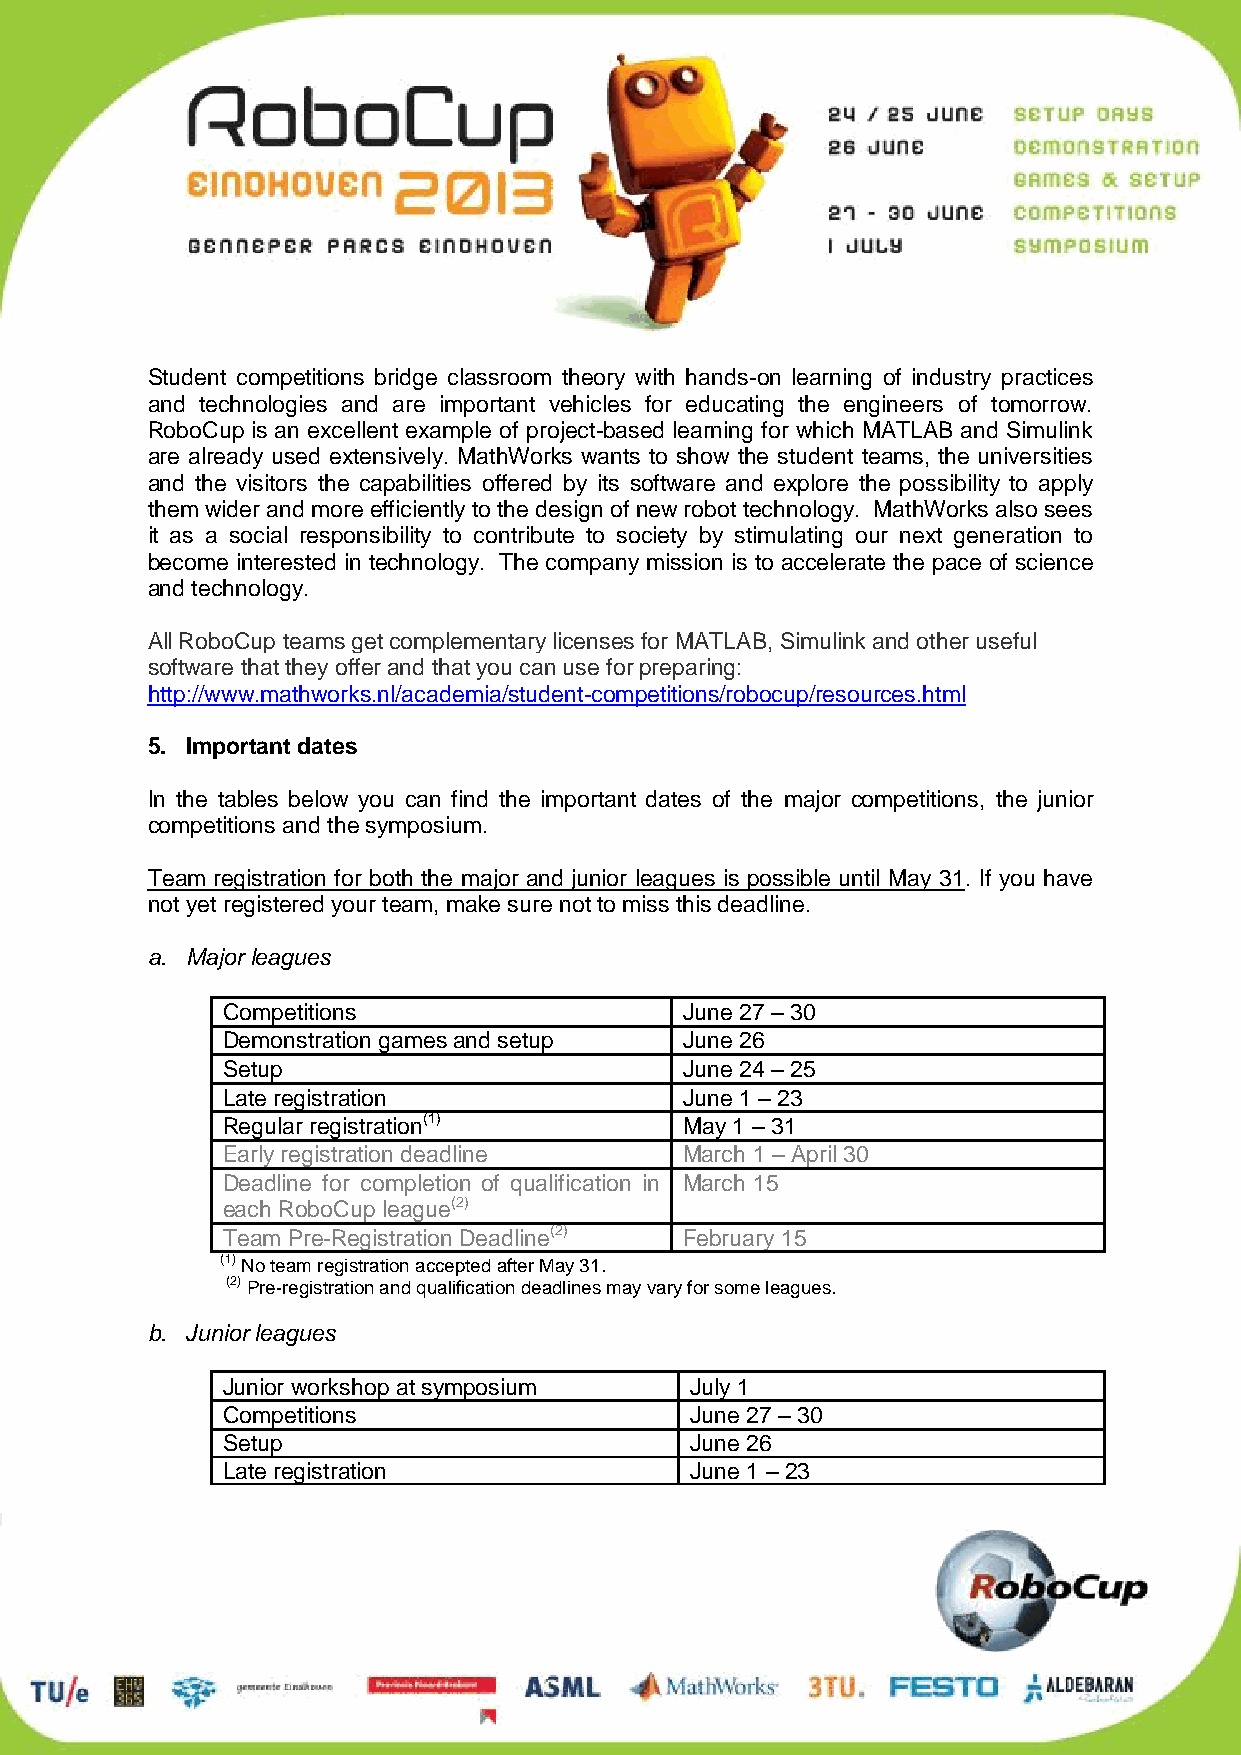
Student competitions bridge classroom theory with hands-on learning of industry practices
 and technologies and are important vehicles for educating the engineers of tomorrow.
 RoboCup is an excellent example of project-based learning for which MATLAB and Simulink
 are already used extensively. MathWorks wants to show the student teams, the universities
 and the visitors the capabilities offered by its software and explore the possibility to apply
 them wider and more efficiently to the design of new robot technology. MathWorks also sees
 it as a social responsibility to contribute to society by stimulating our next generation to
 become interested in technology. The company mission is to accelerate the pace of science
 and technology.
 All RoboCup teams get complementary licenses for MATLAB, Simulink and other useful
 software that they offer and that you can use for preparing:
 http://www.mathworks.nl/academia/student-competitions/robocup/resources.html
 5. Important dates
 In the tables below you can find the important dates of the major competitions, the junior
 competitions and the symposium.
 Team registration for both the major and junior leagues is possible until May 31. If you have
 not yet registered your team, make sure not to miss this deadline.
 a. Major leagues
 Competitions                  June 27 – 30
 Demonstration games and setup June 26
 Setup                         June 24 – 25
 Late registration             June 1 – 23
 Regular registration(1)       May 1 – 31
 Early registration deadline   March 1 – April 30
 Deadline for completion of qualification in March 15
 each RoboCup league(2)
 Team Pre-Registration Deadline(2) February 15
 (1) No team registration accepted after May 31.
 (2) Pre-registration and qualification deadlines may vary for some leagues.
 b. Junior leagues
 Junior workshop at symposium   July 1
 Competitions                   June 27 – 30
 Setup                          June 26
 Late registration              June 1 – 23